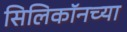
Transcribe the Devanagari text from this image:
सिलिकॉनच्या